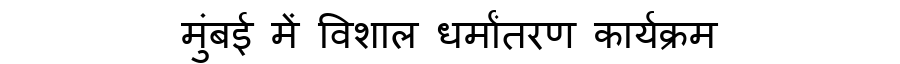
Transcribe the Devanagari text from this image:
मुंबई में विशाल धर्मांतरण कार्यक्रम